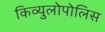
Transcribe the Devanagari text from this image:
किव्युलोपोलिस